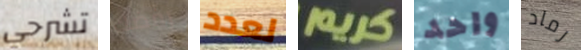
تشرحي رفضك لعدد كريم واحد رماد